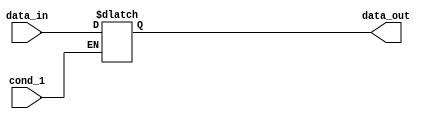
module latch (cond_1, data_in, data_out);

input cond_1;
input data_in;
output data_out;

reg data_out;

always @(cond_1 or data_in)
  begin
    if (cond_1)
        data_out <= data_in;
  end

endmodule